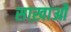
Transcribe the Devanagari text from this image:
साख़ाओं